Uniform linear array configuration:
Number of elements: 8
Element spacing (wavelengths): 0.5
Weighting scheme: kaiser
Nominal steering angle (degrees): -45
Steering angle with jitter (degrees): -45.045
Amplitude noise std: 0.05
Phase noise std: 0.05

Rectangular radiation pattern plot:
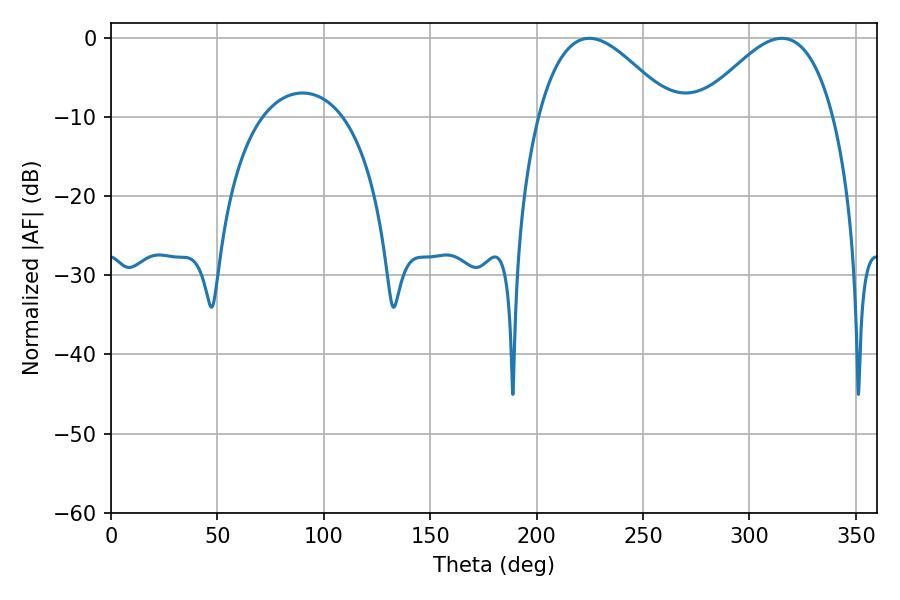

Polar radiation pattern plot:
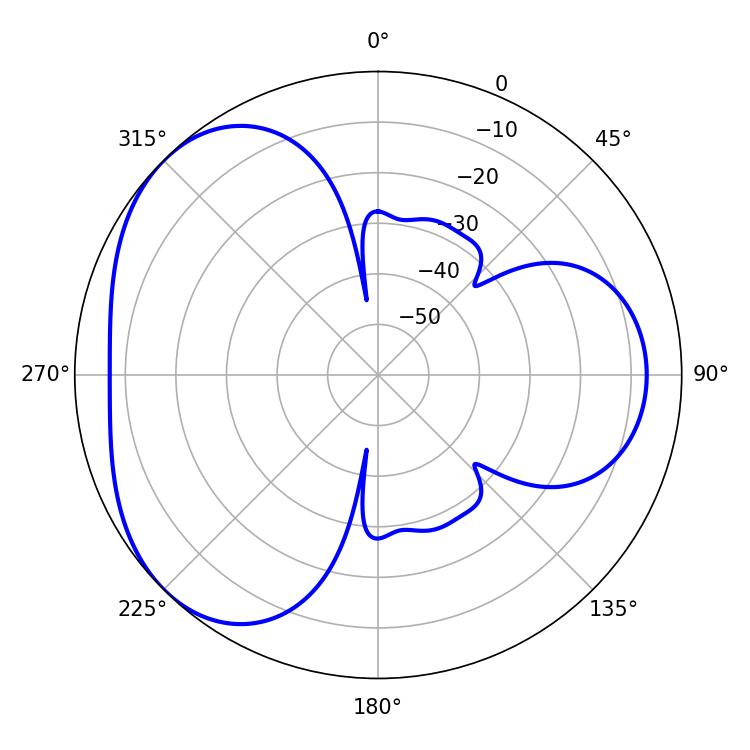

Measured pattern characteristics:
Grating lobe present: FALSE
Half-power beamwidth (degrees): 34.02
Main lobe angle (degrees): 315.18